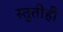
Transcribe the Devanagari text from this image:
स्तुतीही